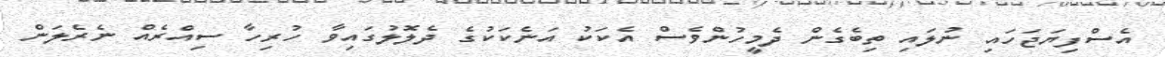
އެސްފިޔަޖަހައި ނުލައި ތިބެގެން ދެމީހުންވެސް އެކަކު އަނެކަކުގެ ދެލޮލުގައިވާ ހުރިހާ ސިއްރެއް ނެރެލަން